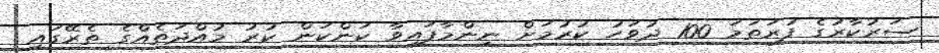
ސަރުކާރުގެ ފުރަތަމަ 100 ދުވަހު ކުރުމަށް ނިންމާފައިވާ ކަންކަން ކުރު މުއްދަތެއްގެ ތެރޭގައި